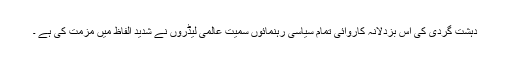
دہشت گردی کی اس بزدلانہ کاروائی تمام سیاسی رہنمائوں سمیت عالمی لیڈروں نے شدید الفاظ میں مزمت کی ہے ۔